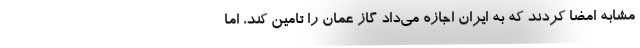
مشابه امضا کردند که به ایران اجازه می‌داد گاز عمان را تامین کند، اما